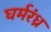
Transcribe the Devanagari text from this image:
घर्मरंध्र